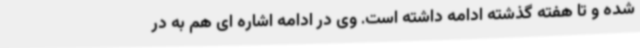
شده و تا هفته گذشته ادامه داشته است. وی در ادامه اشاره ای هم به در